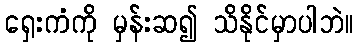
ရှေးကံကို မှန်းဆ၍ သိနိုင်မှာပါဘဲ။